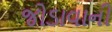
જોડાવાની